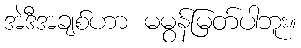
အဲဒီအချစ်ဟာ မမွန်မြတ်ပါဘူး။